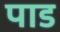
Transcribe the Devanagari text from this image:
पाड